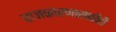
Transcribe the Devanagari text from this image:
राजकारणासाठीही